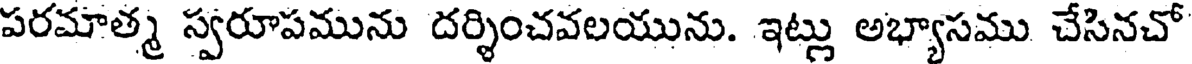
పరమాత్మ స్వరూపమును దర్శించవలయును. ఇట్లు అభ్యాసము చేసినచో